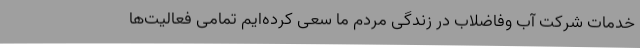
خدمات شرکت آب وفاضلاب در زندگی مردم ما سعی کرده‌ایم تمامی فعالیت‌ها